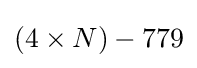
(4\times N)-779